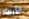
الأرصاد